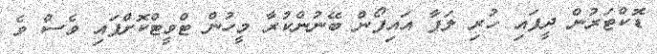
ޑޮކްޓަރުން ދީފައި ހުރި ލަފާ އައިފޯން ބޭނުންކުރާ މީހުން ޓްވީޓްކޮށްފައި ވެސް ވެ